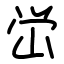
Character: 峃